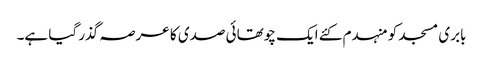
بابری مسجد کو منہدم کئے ایک چوتھائی صدی کا عرصہ گذر گیا ہے۔